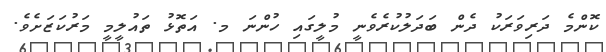
ކޮންމެ ދަރިވަރަކު ދެން ބަދަލުކުރެވެނީ މުލީގައި ހުންނަ މ. އަތޮޅު ތައުލީމީ މަރުކަޒަށެވެ.